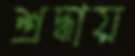
শ্রদ্ধায়